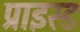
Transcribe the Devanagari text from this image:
प्राइस्ड